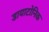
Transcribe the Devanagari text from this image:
डायाटोनिक